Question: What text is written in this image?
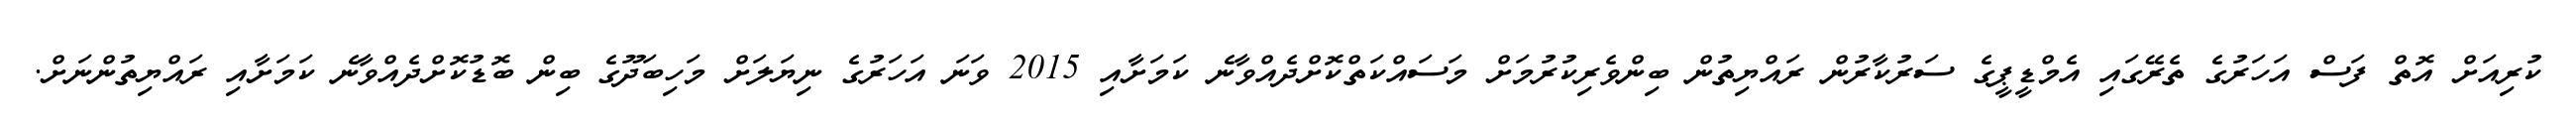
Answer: ކުރިއަށް އޮތް ފަސް އަހަރުގެ ތެރޭގައި އެމްޑީޕީގެ ސަރުކާރުން ރައްޔިތުން ބިންވެރިކުރުމަށް މަސައްކަތްކޮށްދެއްވާނެ ކަމަށާއި 2015 ވަނަ އަހަރުގެ ނިޔަލަށް މަހިބަދޫގެ ބިން ބޮޑުކޮށްދެއްވާނެ ކަމަށާއި ރައްޔިތުންނަށް.